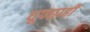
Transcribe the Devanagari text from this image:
धूपछाहीं